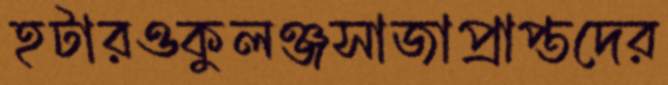
হটারওকুলঞ্জসাজাপ্রাপ্তদের